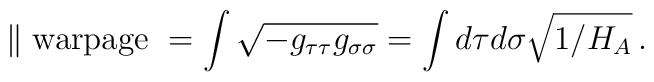
\parallel {\rm warpage\ } = \int \sqrt{-g_{\tau\tau}g_{\sigma\sigma}} = \int d\tau d\sigma \sqrt{1/H_A} \,.